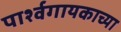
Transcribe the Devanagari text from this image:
पार्श्वगायकाच्या